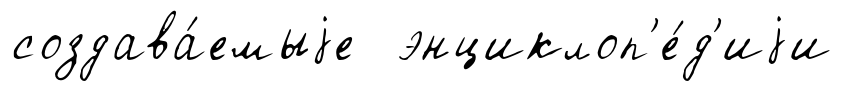
создава́емыjе энциклоп'е́д'иjи